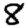
Digit: 8